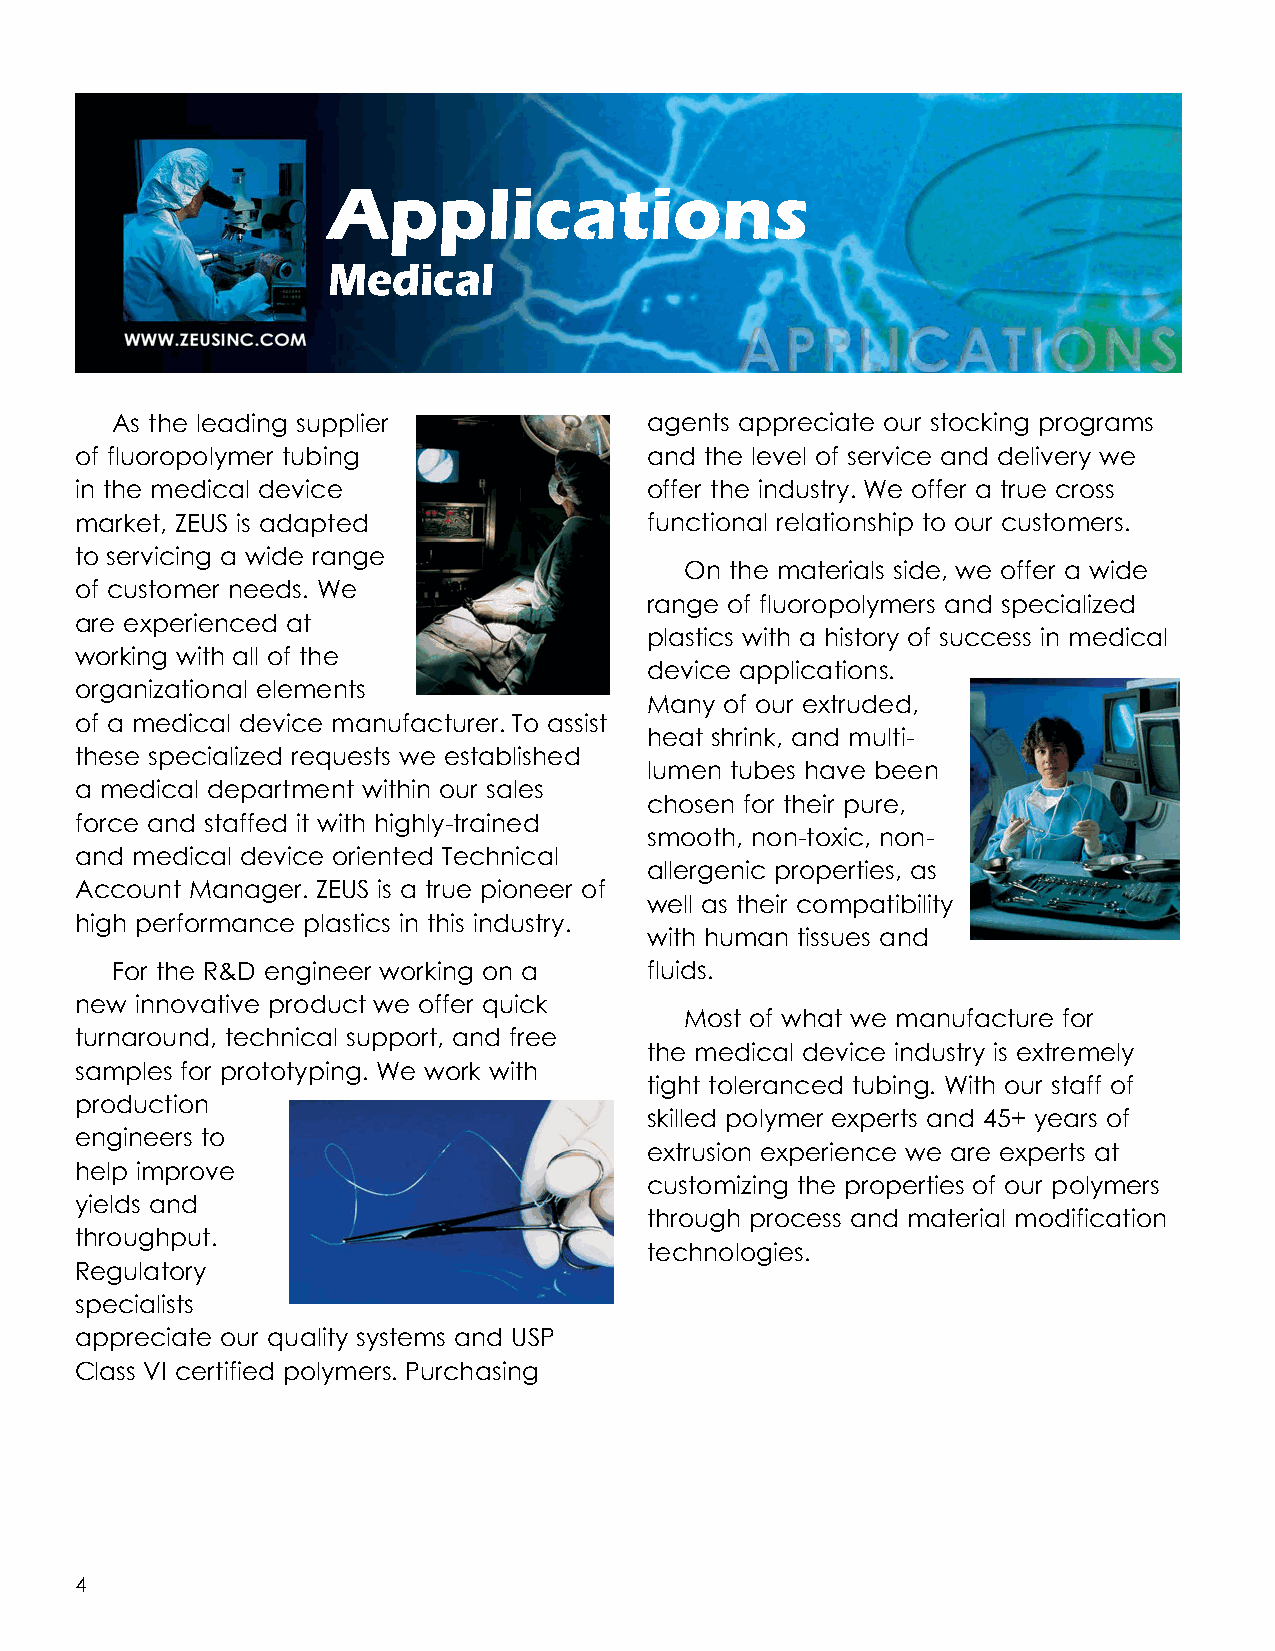
Applications
 Medical
 As the leading supplier             agents appreciate our stocking programs
 of fluoropolymer tubing               and the level of service and delivery we
 in the medical device                 offer the industry. We offer a true cross
 market, ZEUS is adapted               functional relationship to our customers.
 to servicing a wide range
 On the materials side, we offer a wide
 of customer needs. We
 range of fluoropolymers and specialized
 are experienced at
 plastics with a history of success in medical
 working with all of the
 device applications.
 organizational elements
 Many of our extruded,
 of a medical device manufacturer. To assist
 heat shrink, and multi-
 these specialized requests we established
 lumen tubes have been
 a medical department within our sales
 chosen for their pure,
 force and staffed it with highly-trained
 smooth, non-toxic, non-
 and medical device oriented Technical
 allergenic properties, as
 Account Manager. ZEUS is a true pioneer of
 well as their compatibility
 high performance plastics in this industry.
 with human tissues and
 For the R&D engineer working on a   fluids.
 new innovative product we offer quick
 Most of what we manufacture for
 turnaround, technical support, and free
 the medical device industry is extremely
 samples for prototyping. We work with
 tight toleranced tubing. With our staff of
 production
 skilled polymer experts and 45+ years of
 engineers to
 extrusion experience we are experts at
 help improve
 customizing the properties of our polymers
 yields and
 through process and material modification
 throughput.
 technologies.
 Regulatory
 specialists
 appreciate our quality systems and USP
 Class VI certified polymers. Purchasing
 4